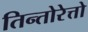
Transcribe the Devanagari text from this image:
तिन्तोरेत्तो